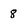
Character: 8